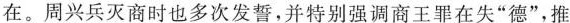
在。周兴兵灭商时也多次发誓，并特别强调商王罪在失”德”，推